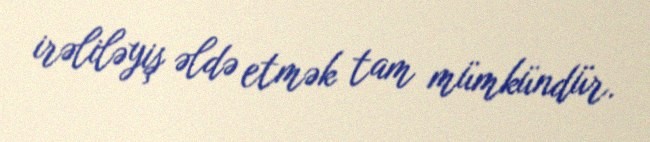
irəliləyiş əldə etmək tam mümkündür.